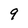
Character: 9